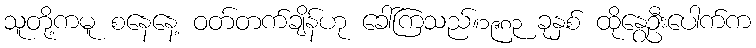
သူတို့ကမူ စနေနေ့ ဝတ်တက်ချိန်ဟု ခေါ်ကြသည်။၁၉၈၃ ခုနှစ် ထိုနွေဦးပေါက်က